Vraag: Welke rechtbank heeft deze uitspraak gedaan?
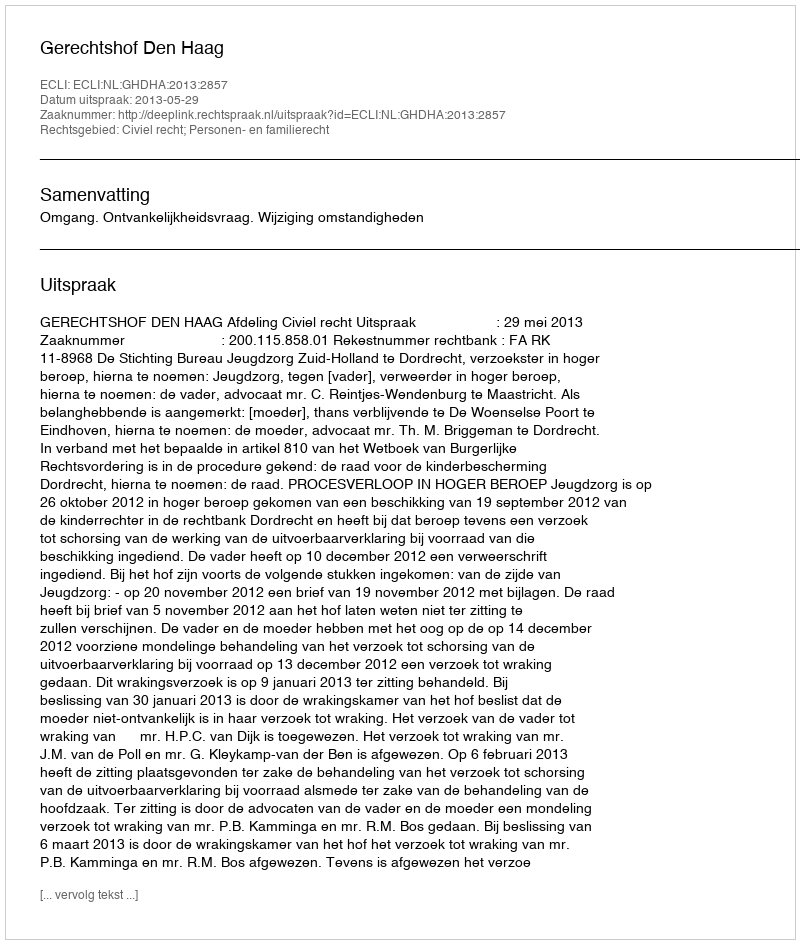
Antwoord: Gerechtshof Den Haag